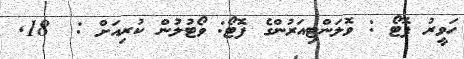
ހަވީރު ފޮޓޯ : ވޮލަންޓިއަރުންގެ ފޮޓޯ: ވޯޓުލުން ކުރިއަށް :  18